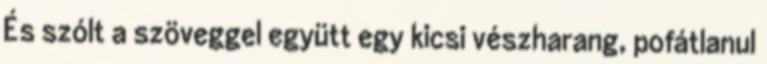
És szólt a szöveggel együtt egy kicsi vészharang, pofátlanul